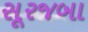
સૂરજબા